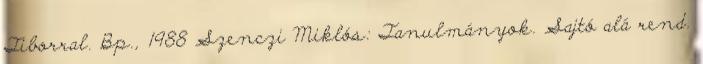
Tiborral. Bp., 1988 Szenczi Miklós: Tanulmányok. Sajtó alá rend.